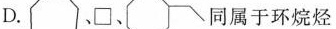
D. 、\Box、同属于环烷烃